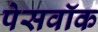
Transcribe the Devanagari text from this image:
पेसवॉक